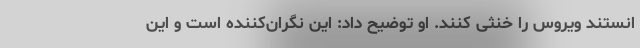
انستند ویروس را خنثی کنند. او توضیح داد: این نگران‌کننده است و این